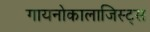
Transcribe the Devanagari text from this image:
गायनोकालाजिस्ट्स